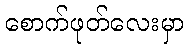
စောက်ဖုတ်လေးမှာ